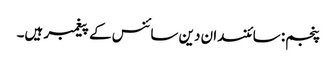
پنجم: سائنسدان دین سائنس کے پیغمبر ہیں۔